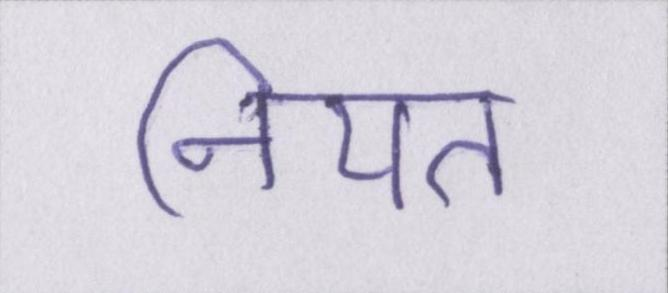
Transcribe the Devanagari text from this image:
नियत